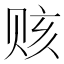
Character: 赅